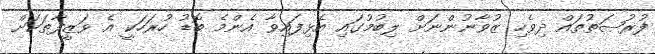
ފުރުޞަތުތައް ދިވެހި ޒުވާނުންނަށް ލިބުމުގައި އެޅިފައިވާ އެންމެ ބޮޑު ހުރަހަކީ އެ ވަޒީފާތަކަށް